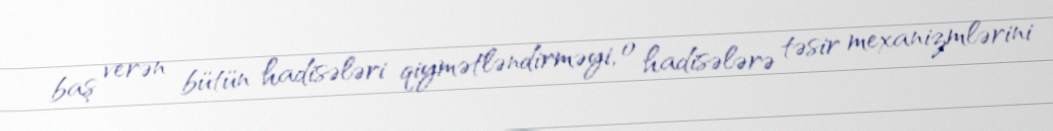
baş verən bütün hadisələri qiymətləndirməyi, o hadisələrə təsir mexanizmlərini